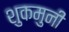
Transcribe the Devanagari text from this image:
शुकमुनी